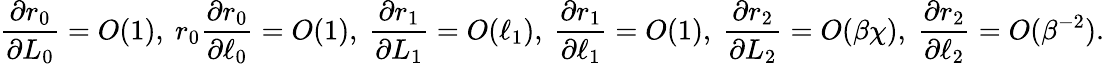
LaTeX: \frac{\partial r_{0}}{\partial L_{0}}=O(1),\ r_{0}\frac{\partial r_{0}}{\partial\ell_{0}}=O(1),\ \frac{\partial r_{1}}{\partial L_{1}}=O(\ell_{1}),\ \frac{\partial r_{1}}{\partial\ell_{1}}=O(1),\ \frac{\partial r_{2}}{\partial L_{2}}=O(\beta\chi),\ \frac{\partial r_{2}}{\partial\ell_{2}}=O(\beta^{-2}).